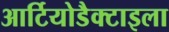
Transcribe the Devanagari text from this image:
आर्टियोडैक्टाइला